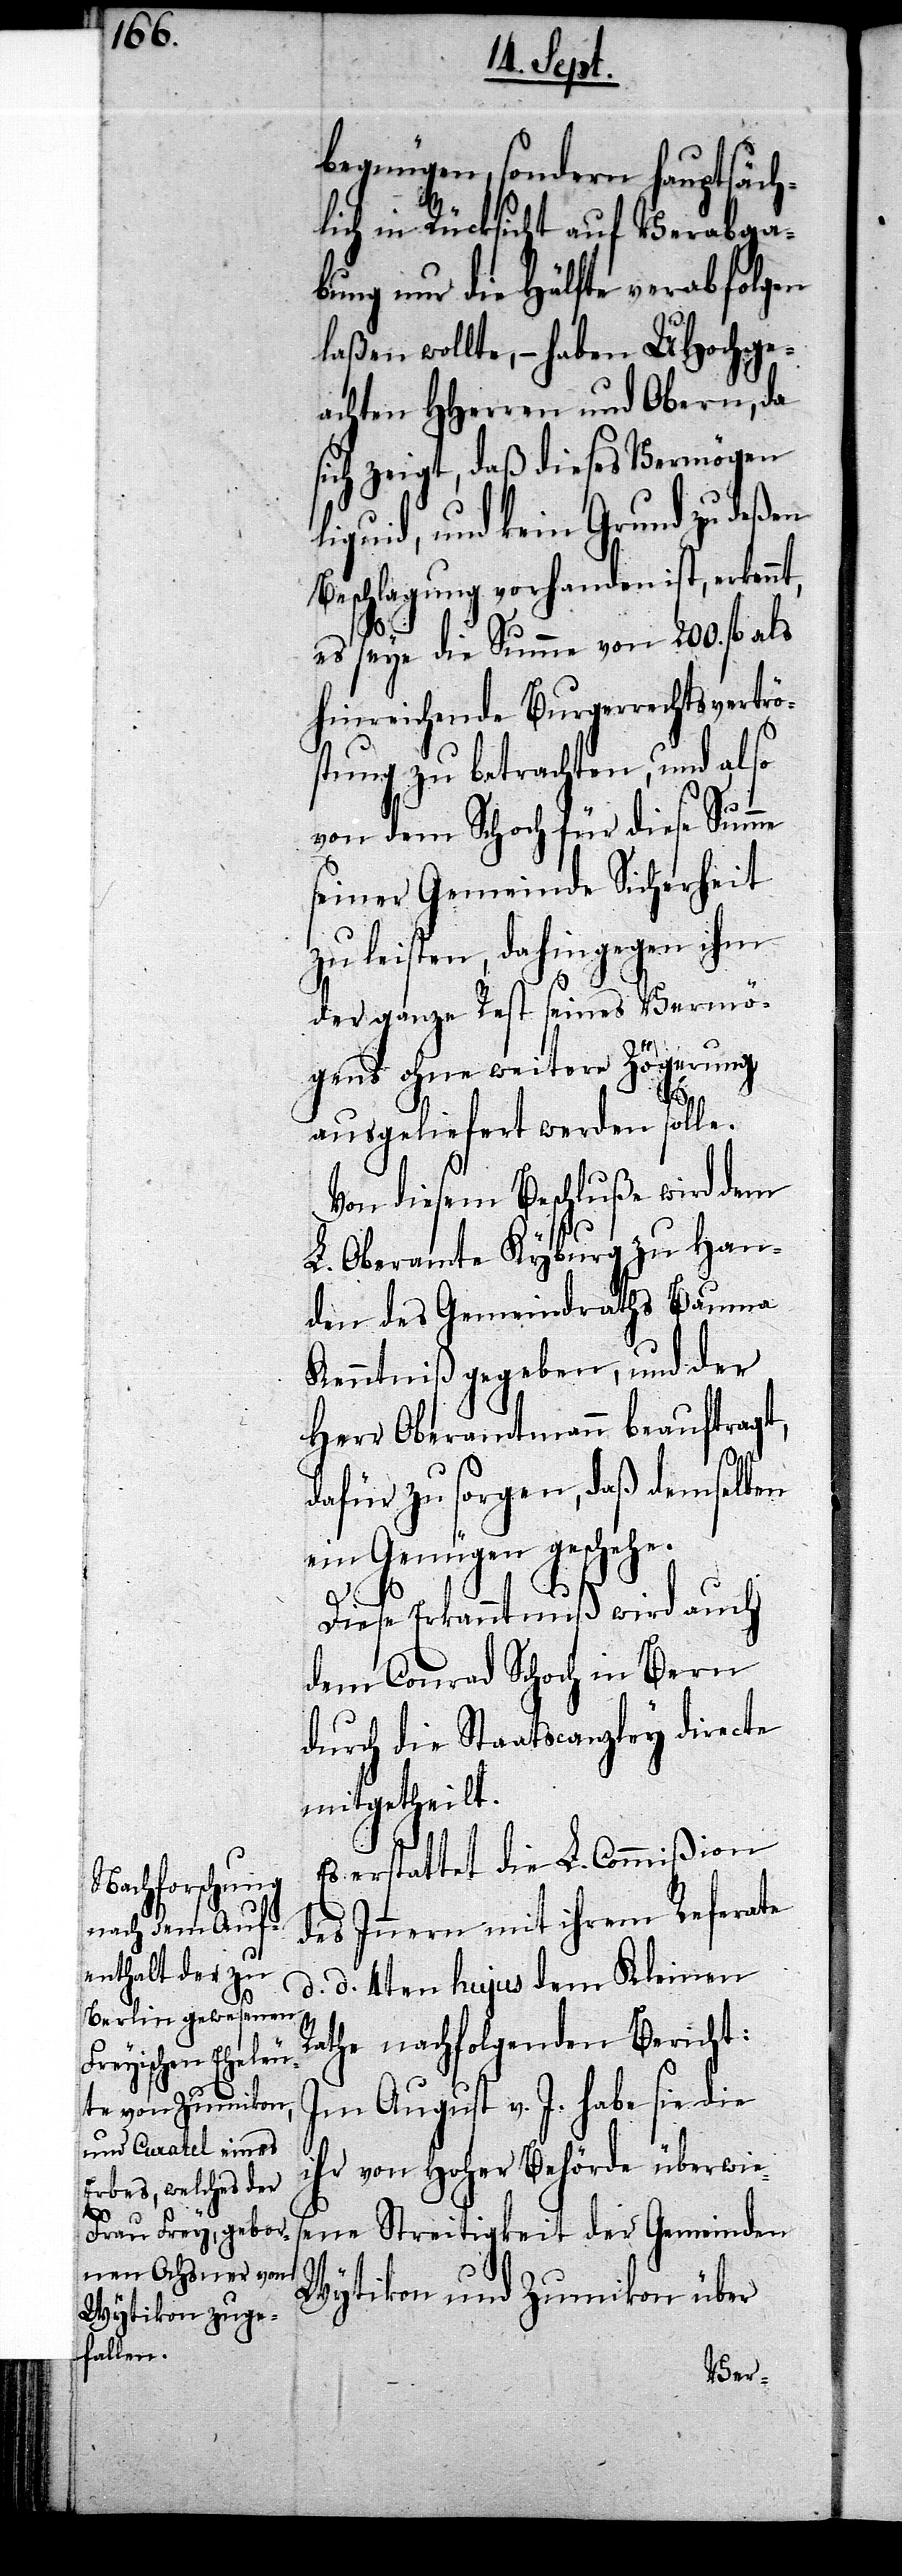
begnügen, sondern hauptsäch¬
lich in Rücksicht auf Verabga¬
bung nur die Hälfte verabfolgen
laßen wollte, – haben UHochge¬
achten HHerren und Obern, da
sich zeigt, daß dieses Vermögen
liquid, und kein Grund zu deßen
Beschlagung vorhanden ist, erkenn¬
es seye die Summe von 200. fl als
hinreichende Burgerrechtsvertrö¬
stung zu betrachten, und also
von dem Schoch für diese Summe
seiner Gemeinde Sicherheit
zu leisten, dahingegen ihm
der ganze Rest seines Vermö¬
gens ohne weitere Zögerung
t,
ausgeliefert werden solle.
Von diesem Beschluße wird dem
L. Oberamte Kyburg zu Han¬
den des Gemeindraths Bauma
Kenntniß gegeben, und der
Herr Oberamtmann beauftragt,
dafür zu sorgen, daß demselben
ein Genügen geschehe.
Diese Erkanntnuß wird auch
dem Conrad Schoch in Bern
durch die Staatscanzley directe
mitgetheilt.
Es erstattet die L. Commißion
des Innern mit ihrem Referate
d. d. 4ten hujus dem Kleinen
Rathe nachfolgenden Bericht:
Im August v. J. habe sie die
ihr von Hoher Behörde überwie¬
sene Streitigkeit der Gemeinden
Wytikon und Zumikon über